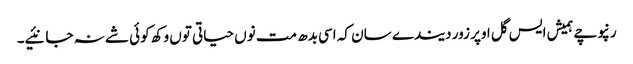
رنپوچے ہمیش ایس گل اوپر زور دیندے سان کہ اسی بدھ مت نوں حیاتی توں وکھ کوئی شے نہ جانئیے۔